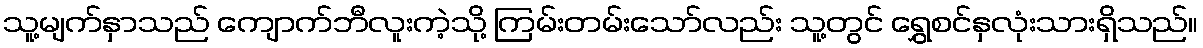
သူ့မျက်နှာသည် ကျောက်ဘီလူးကဲ့သို့ ကြမ်းတမ်းသော်လည်း သူ့တွင် ရွှေစင်နှလုံးသားရှိသည်။